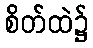
စိတ်ထဲ၌